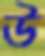
উ